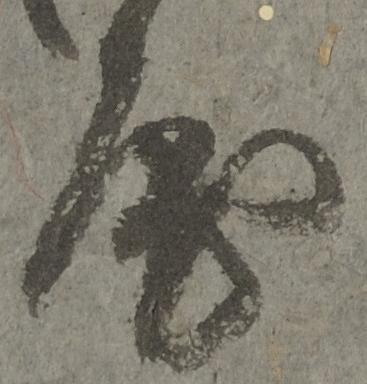
房